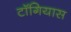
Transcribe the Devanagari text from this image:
टॉगियास